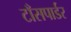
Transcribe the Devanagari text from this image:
टाँसपार्डर